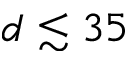
d \lesssim 3 5